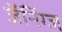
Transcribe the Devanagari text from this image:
जॅनिंग्ज